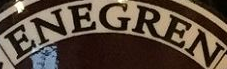
ENEGREN